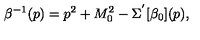
\beta ^ { - 1 } ( p ) = p ^ { 2 } + M _ { 0 } ^ { 2 } - \Sigma ^ { ' } [ \beta _ { 0 } ] ( p ) ,